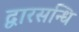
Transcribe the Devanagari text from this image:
द्वारसन्धि